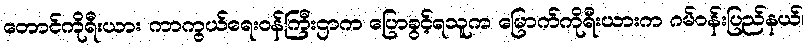
တောင်ကိုရီးယား ကာကွယ်ရေးဝန်ကြီးဌာက ပြောခွင့်ရသူက မြောက်ကိုရီးယားက ဂမ်ဝန်းပြည်နယ်၊